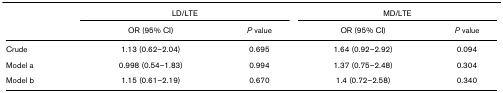
|  | <COLSPAN=2> LD/LTE | <COLSPAN=2> MD/LTE |
 |  | OR (95% CI) | P value | OR (95% CI) | P value |
 | --- | --- | --- | --- | --- |
 | Crude | 1.13 (0.62–2.04) | 0.695 | 1.64 (0.92–2.92) | 0.094 |
 | Model a | 0.998 (0.54–1.83) | 0.994 | 1.37 (0.75–2.48) | 0.304 |
 | Model b | 1.15 (0.61–2.19) | 0.670 | 1.4 (0.72–2.58) | 0.340 |